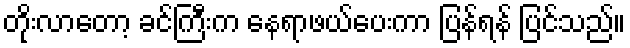
တိုးလာတော့ ခင်ကြီးက နေရာဖယ်ပေးကာ ပြန်ရန် ပြင်သည်။